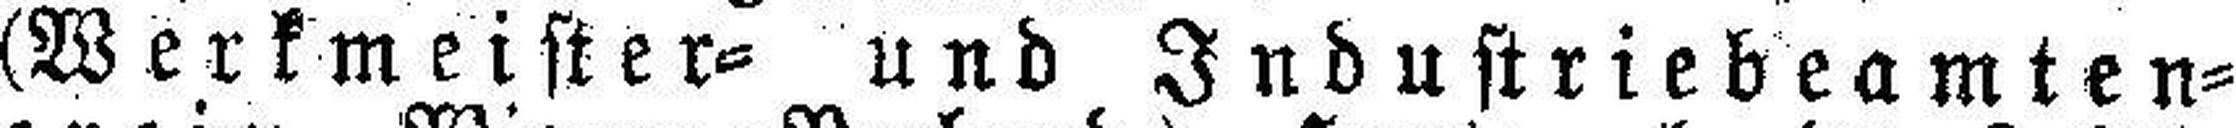
(Werkmeister= und Industriebeamten=